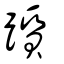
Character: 躓